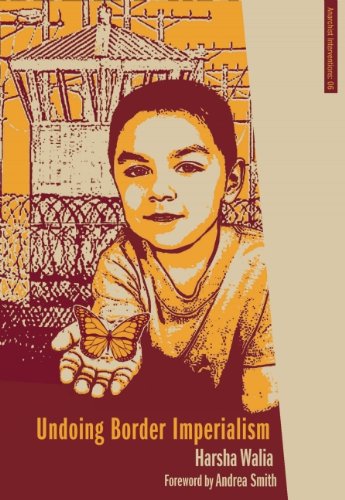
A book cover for Undoing Border Imperialism (Anarchist Interventions); Harsha Walia; Law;